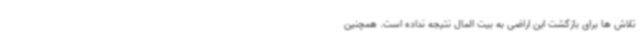
تلاش ها برای بازگشت این اراضی به بیت المال نتیجه نداده است. همچنین